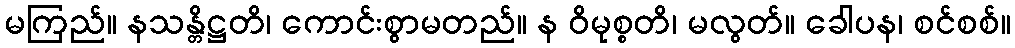
မကြည်။ နသန္တိဋ္ဌတိ၊ ကောင်းစွာမတည်။ န ဝိမုစ္စတိ၊ မလွတ်။ ခေါပန၊ စင်စစ်။